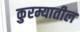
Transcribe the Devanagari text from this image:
कुरम्यातील